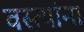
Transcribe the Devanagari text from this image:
वस्त्यांना